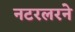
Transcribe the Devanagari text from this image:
नटरलरने